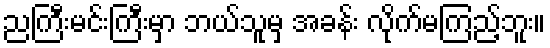
ညကြီးမင်းကြီးမှာ ဘယ်သူမှ အခန်း လိုက်မကြည့်ဘူး။